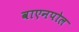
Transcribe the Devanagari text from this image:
वाएनपोल